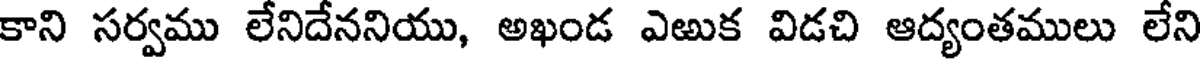
కాని సర్వము లేనిదేననియు, అఖండ ఎఱుక విడచి ఆద్యంతములు లేని